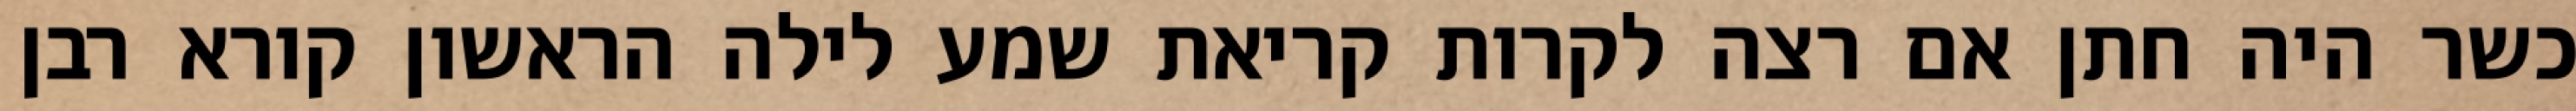
כשר היה חתן אם רצה לקרות קריאת שמע לילה הראשון קורא רבן